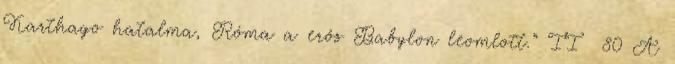
Karthago hatalma, Róma a erős Babylon leomlott.” II 80 A